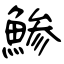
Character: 鯵